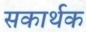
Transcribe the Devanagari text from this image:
सकार्थक